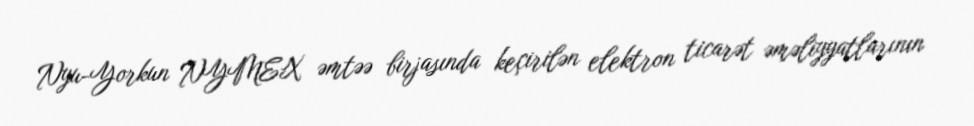
Nyu-Yorkun NYMEX əmtəə birjasında keçirilən elektron ticarət əməliyyatlarının